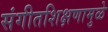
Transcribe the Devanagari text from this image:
संगीतशिक्षणामुळे